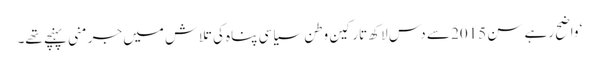
‘ واضح رہے سن 2015 سے دس لاکھ تارکین وطن سیاسی پناہ کی تلاش میں جرمنی پہنچے تھے۔